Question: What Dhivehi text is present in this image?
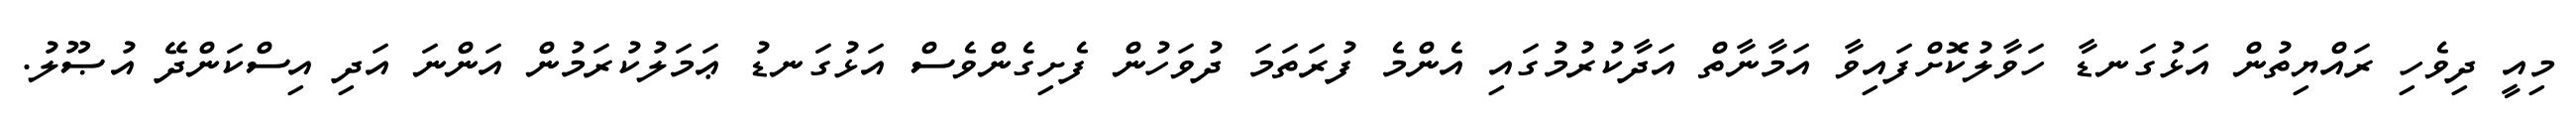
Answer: މިއީ ދިވެހި ރައްޔިތުން އަޅުގަނޑާ ހަވާލުކޮށްފައިވާ އަމާނާތް އަދާކުރުމުގައި އެންމެ ފުރަތަމަ ދުވަހުން ފެށިގެންވެސް އަޅުގަނޑު ޢަމަލުކުރަމުން އަންނަ އަދި އިސްކަންދޭ އުޞޫލު.